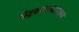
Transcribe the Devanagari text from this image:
केंद्रकाम्लासारख्या